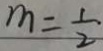
m = \frac { 1 } { 2 } .